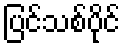
ပြင်သစ်ပိုင်